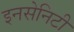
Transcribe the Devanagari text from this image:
इनसेनिटी